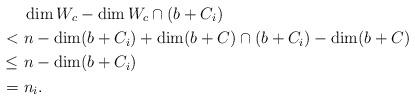
LaTeX: \begin{align*}&\dim W_c - \dim W_c \cap (b + C_i)\\ <\ &n - \dim (b + C_i) + \dim (b + C) \cap (b + C_i) - \dim (b + C)\\ \leq\ &n - \dim (b + C_i)\\ =\ &n_i.\end{align*}